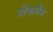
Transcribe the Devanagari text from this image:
शेंकमैन